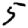
Digit: 5